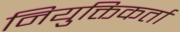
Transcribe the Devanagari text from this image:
नियुक्तिकर्ता